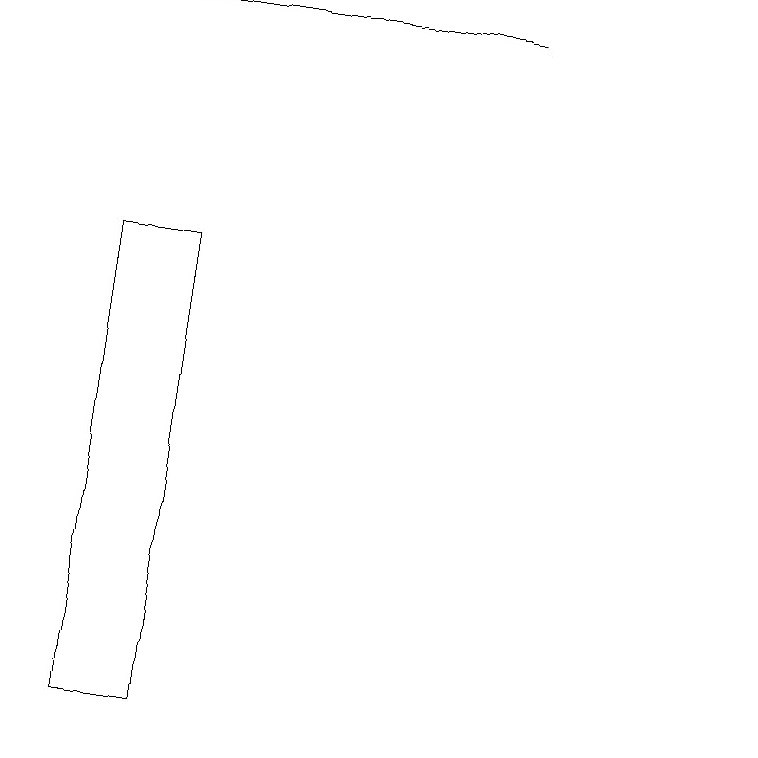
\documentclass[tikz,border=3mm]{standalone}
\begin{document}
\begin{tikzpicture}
\draw (11,10) circle (0);
\draw (2,19) rectangle (8,19);
\draw (3,10) rectangle (4,16);
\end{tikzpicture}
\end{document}